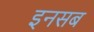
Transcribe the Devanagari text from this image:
इनसब